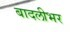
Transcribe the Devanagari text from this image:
बादलीभर